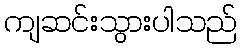
ကျဆင်းသွားပါသည်